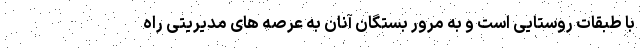
با طبقات روستایی است و به مرور بستگان آنان به عرصه های مدیریتی راه